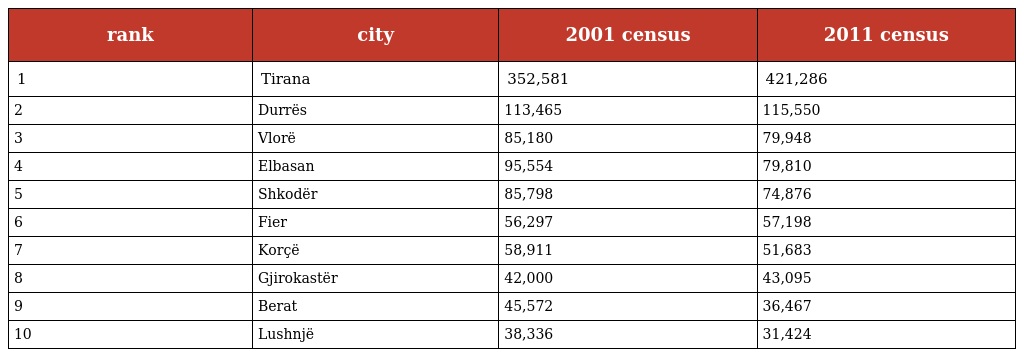
| rank | city | 2001 census | 2011 census |
 | --- | --- | --- | --- |
 | 1 | Tirana | 352,581 | 421,286 |
 | 2 | Durrës | 113,465 | 115,550 |
 | 3 | Vlorë | 85,180 | 79,948 |
 | 4 | Elbasan | 95,554 | 79,810 |
 | 5 | Shkodër | 85,798 | 74,876 |
 | 6 | Fier | 56,297 | 57,198 |
 | 7 | Korçë | 58,911 | 51,683 |
 | 8 | Gjirokastër | 42,000 | 43,095 |
 | 9 | Berat | 45,572 | 36,467 |
 | 10 | Lushnjë | 38,336 | 31,424 |